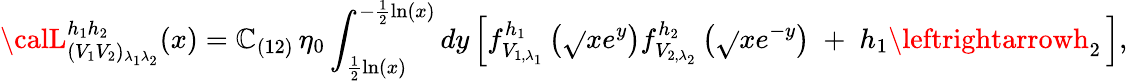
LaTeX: {\calL}_{(V_{1}V_{2})_{\lambda_{1}\lambda_{2}}}^{h_{1}h_{2}}(x)=\mathbb{C}_{(12)}\, \eta_{0}\int_{\frac{{1}}{{2}}\ln(x)}^{-\frac{{1}}{{2}}\ln(x)}dy\left[f_{V_{1,\lambda_{1}}}^{h_{1}}\left(\sqrt{}{{x}}e^{y}\right)f_{V_{2,\lambda_{2}}}^{h_{2}}\left(\sqrt{}{{x}}e^{-y}\right)\; +\; h_{1}\leftrightarrowh_{2}\, \right],